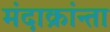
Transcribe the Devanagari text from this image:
मंदाक्रांन्ता